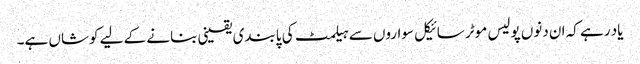
یاد رہے کہ ان دنوں پولیس موٹر سائیکل سواروں سے ہیلمٹ کی پابندی یقینی بنانے کے لیے کوشاں ہے۔